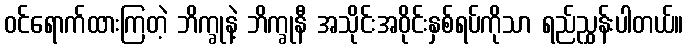
ဝင်ရောက်ထားကြတဲ့ ဘိက္ခုနဲ့ ဘိက္ခုနီ အသိုင်းအဝိုင်းနှစ်ရပ်ကိုသာ ရည်ညွှန်းပါတယ်။